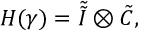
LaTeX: H ( \gamma ) = \tilde { \tilde { { \cal I } } } \otimes \tilde { { \cal C } } ,